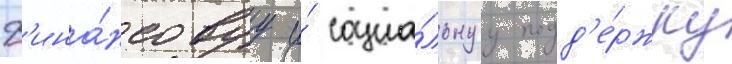
ф'ина́нсовуу и́ социа́льнуу подд'е́ржку